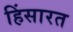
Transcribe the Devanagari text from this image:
हिंसारत